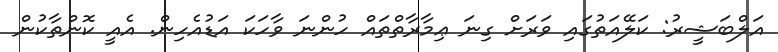
އަލްބަޝީރު: ކަލޭއަތުގައި ވަރަށް ގިނަ ޢިމާރާތްތައް ހުންނަ ވާހަކަ އަޑުއެހިން. އެއީ ކޮންތާކުން